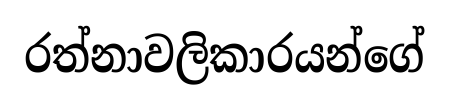
රත්නාවලිකාරයන්ගේ